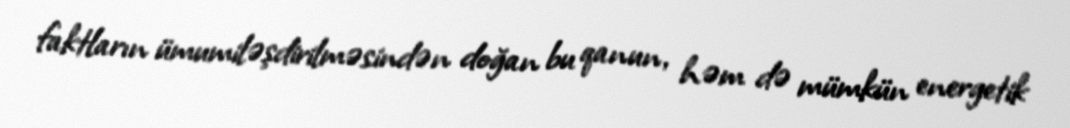
faktların ümumiləşdirilməsindən doğan bu qanun, həm də mümkün energetik